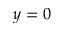
y = 0